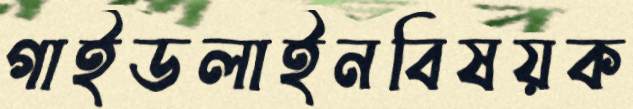
গাইডলাইনবিষয়ক